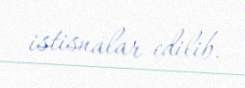
istisnalar edilib.